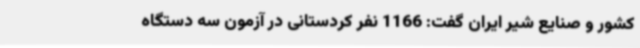
کشور و صنایع شیر ایران گفت: 1166 نفر کردستانی در آزمون سه دستگاه